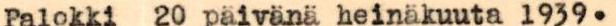
Palokki 20 päivänä heinäkuuta1939.